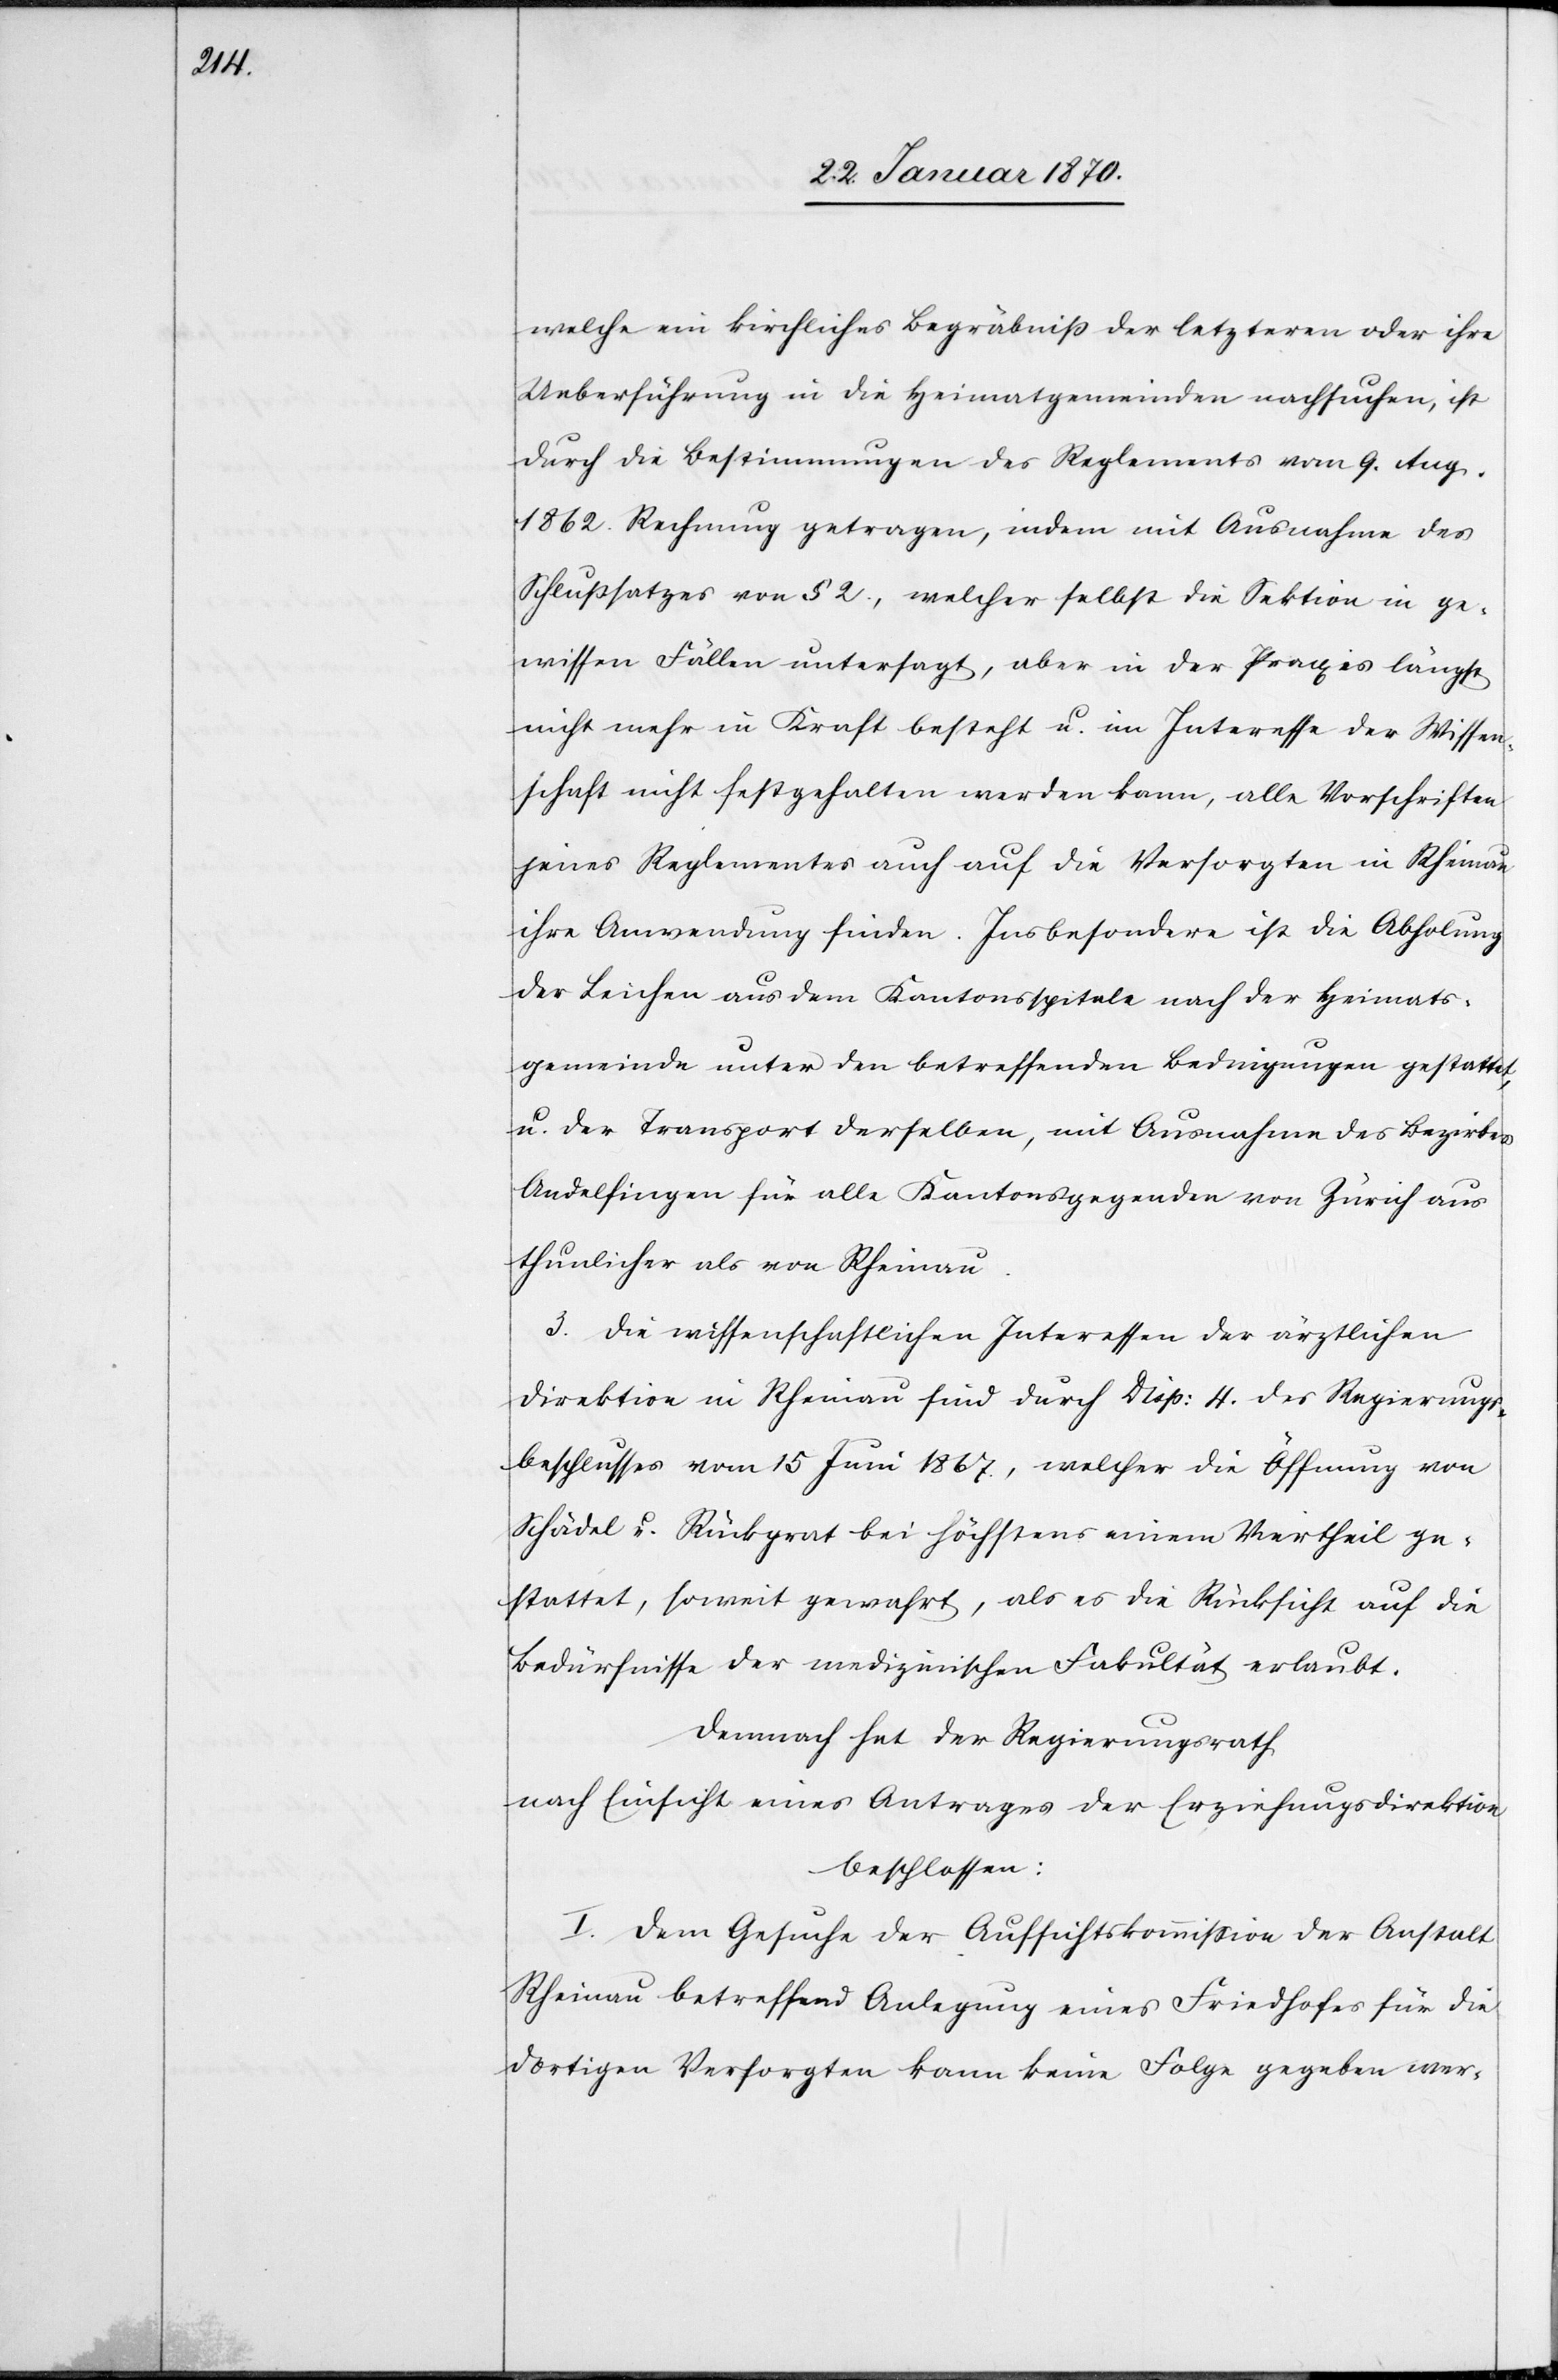
welche ein kirchliches Begräbniß der letzteren oder ihre
Ueberführung in die Heimatgemeinden nachsuchen, ist
durch die Bestimmungen des Reglements vom 9. Aug.
1862. Rechnung getragen, indem mit Ausnahme des
Schlußsatzes von § 2., welcher selbst die Sektion in ge¬
wissen Fällen untersagt, aber in der Praxis längst
nicht mehr in Kraft besteht u. im Interesse der Wissen¬
schaft nicht festgehalten werden kann, alle Vorschriften
jenes Reglementes auch auf die Versorgten in Rheinau
ihre Anwendung finden. Insbesondere ist die Abholung
der Leichen aus dem Kantonsspitale nach der Heimats¬
gemeinde unter den betreffenden Bedingungen gestattet,
u. der Transport derselben, mit Ausnahme des Bezirkes
Andelfingen für alle Kantonsgegenden von Zürich aus
thunlicher als von Rheinau.
3. Die wissenschaftlichen Interessen der ärztlichen
Direktion in Rheinau sind durch Disp: 4 des Regierungs¬
beschlusses vom 15 Juni 1867., welcher die Öffnung von
Schädel u. Rückgrat bei höchstens einem Viertheil ge¬
stattet, soweit gewahrt, als es die Rücksicht auf die
Bedürfnisse der medizinischen Fakultät erlaubt.
Demnach hat der Regierungsrath
nach Einsicht eines Antrages der Erziehungsdirektion
beschlossen:
I. Dem Gesuche der Aufsichtskommission der Anstalt
Rheinau betreffend Anlegung eines Friedhofes für die
dortigen Versorgten kann keine Folge gegeben wer-